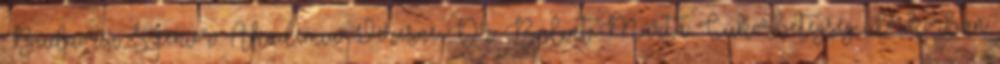
Budaörsi Szenior Akadémia: Veresné Dr. Bálint Márta: Cukorbetegség időskorban